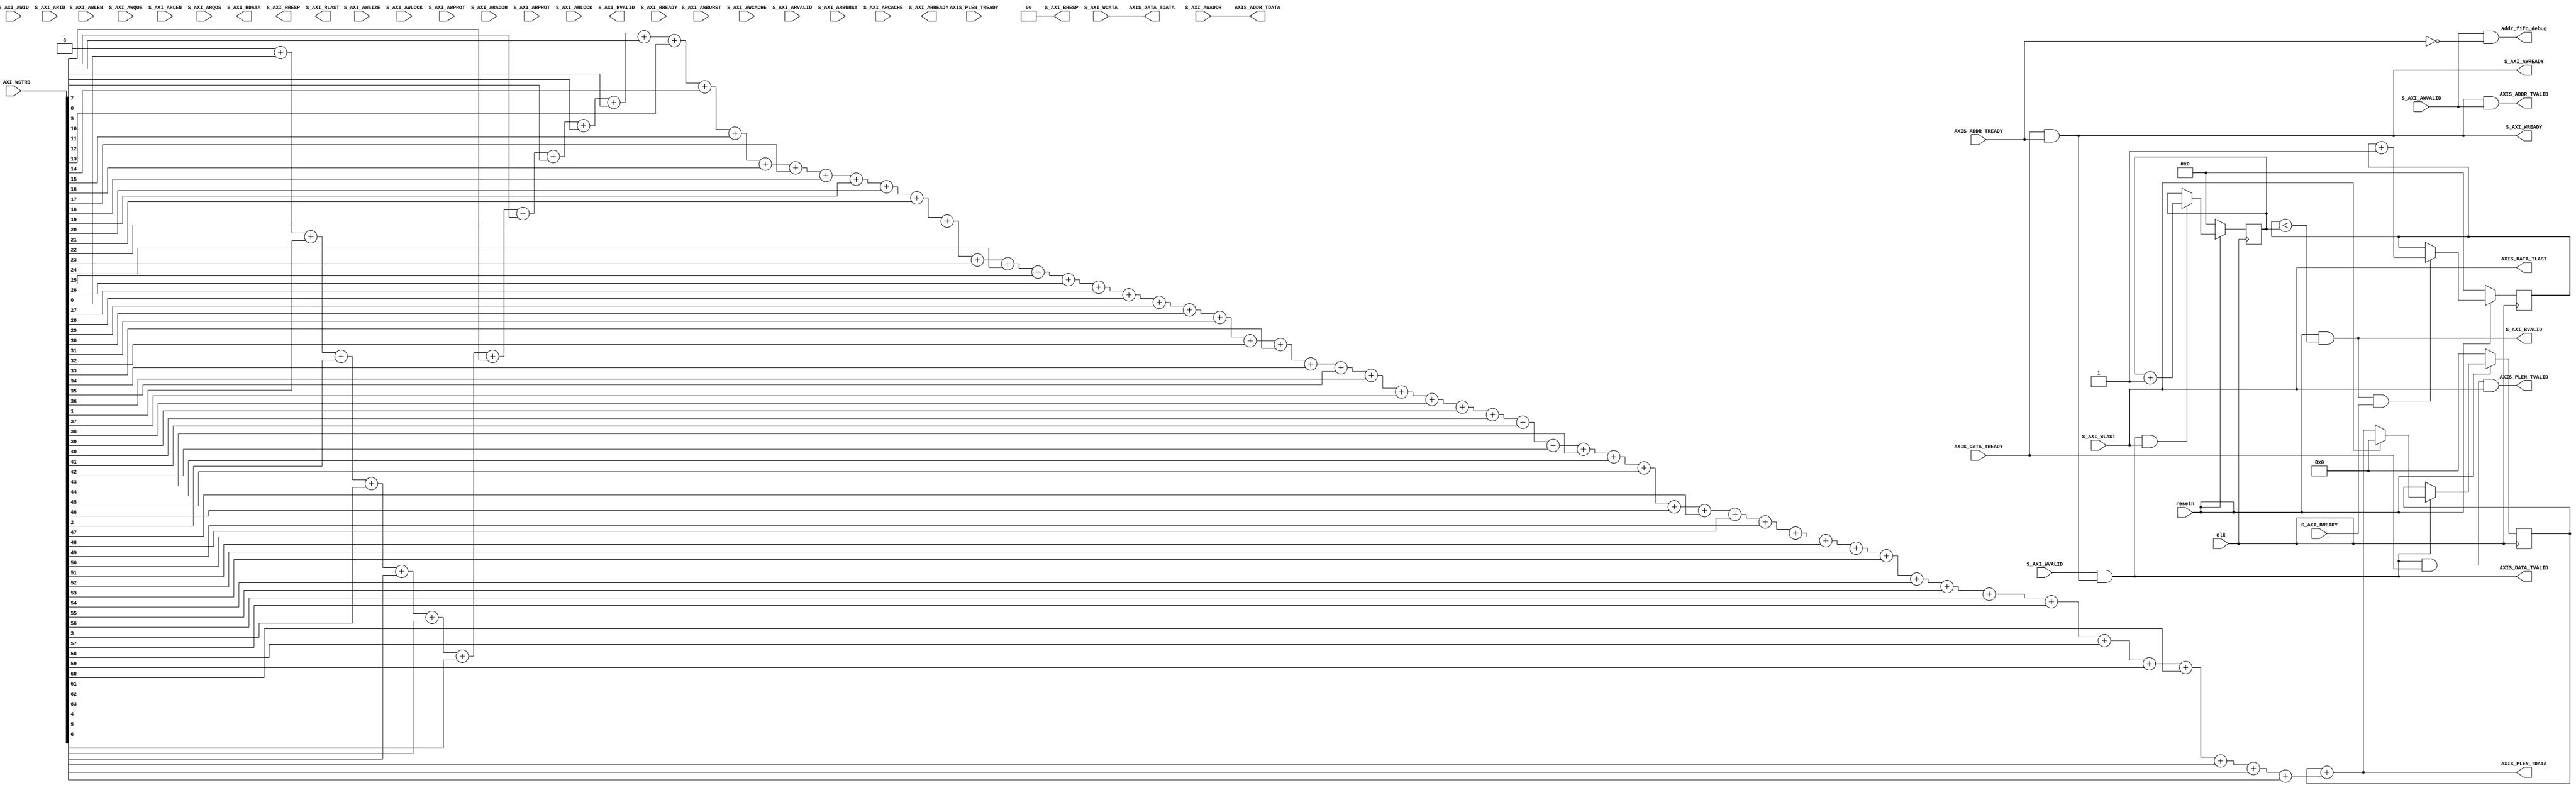
module rdmx_xmit_fe # 
(
    // This width of the incoming and outgoing data bus in bits
    parameter DATA_WBITS = 512,

    // Width of an AXI address in bits
    parameter ADDR_WBITS = 64

) 
(
    input clk, resetn,

    output addr_fifo_debug,
    
    //=================  This is the main AXI4-slave interface  ================
    
    // "Specify write address"              -- Master --    -- Slave --
    input[ADDR_WBITS-1:0]                   S_AXI_AWADDR,
    input                                   S_AXI_AWVALID,
    input[3:0]                              S_AXI_AWID,
    input[7:0]                              S_AXI_AWLEN,
    input[2:0]                              S_AXI_AWSIZE,
    input[1:0]                              S_AXI_AWBURST,
    input                                   S_AXI_AWLOCK,
    input[3:0]                              S_AXI_AWCACHE,
    input[3:0]                              S_AXI_AWQOS,
    input[2:0]                              S_AXI_AWPROT,
    output                                                  S_AXI_AWREADY,

    // "Write Data"                         -- Master --    -- Slave --
    input[DATA_WBITS-1:0]                   S_AXI_WDATA,
    input[DATA_WBITS/8-1:0]                 S_AXI_WSTRB,
    input                                   S_AXI_WVALID,
    input                                   S_AXI_WLAST,
    output                                                  S_AXI_WREADY,

    // "Send Write Response"                -- Master --    -- Slave --
    output[1:0]                                             S_AXI_BRESP,
    output                                                  S_AXI_BVALID,
    input                                   S_AXI_BREADY,

    // "Specify read address"               -- Master --    -- Slave --
    input[ADDR_WBITS-1:0]                   S_AXI_ARADDR,
    input                                   S_AXI_ARVALID,
    input[2:0]                              S_AXI_ARPROT,
    input                                   S_AXI_ARLOCK,
    input[3:0]                              S_AXI_ARID,
    input[7:0]                              S_AXI_ARLEN,
    input[1:0]                              S_AXI_ARBURST,
    input[3:0]                              S_AXI_ARCACHE,
    input[3:0]                              S_AXI_ARQOS,
    output                                                  S_AXI_ARREADY,

    // "Read data back to master"           -- Master --    -- Slave --
    output[DATA_WBITS-1:0]                                  S_AXI_RDATA,
    output                                                  S_AXI_RVALID,
    output[1:0]                                             S_AXI_RRESP,
    output                                                  S_AXI_RLAST,
    input                                   S_AXI_RREADY,
    //==========================================================================


    //==========================================================================
    //                  Packet-length output stream
    //==========================================================================
    output [15:0]           AXIS_PLEN_TDATA,
    output                  AXIS_PLEN_TVALID,
    input                   AXIS_PLEN_TREADY,
    //==========================================================================

    //==========================================================================
    //                  Target address output stream
    //==========================================================================
    output [ADDR_WBITS-1:0] AXIS_ADDR_TDATA,
    output                  AXIS_ADDR_TVALID,
    input                   AXIS_ADDR_TREADY,
    //==========================================================================


    //==========================================================================
    //                    Packet-data output stream
    //==========================================================================
    output [DATA_WBITS-1:0] AXIS_DATA_TDATA,
    output                  AXIS_DATA_TLAST,
    output                  AXIS_DATA_TVALID,
    input                   AXIS_DATA_TREADY
    //==========================================================================
);


//=============================================================================
// This block counts the number of one bits in S_AXI_WSTRB, thereby determining
// the number of data-bytes in the S_AXI_WDATA field. 
//=============================================================================
reg[7:0] data_byte_count;
//-----------------------------------------------------------------------------
integer n;
always @*
begin
    data_byte_count = 0;  
    for (n=0;n<(DATA_WBITS/8);n=n+1) begin   
        data_byte_count = data_byte_count + S_AXI_WSTRB[n];
    end
end
//=============================================================================


//=============================================================================
// This block counts the number of bytes in the packet and stores them in 
// packet_size;
//=============================================================================
reg[15:0] packet_size;
//-----------------------------------------------------------------------------
always @(posedge clk) begin
    if (resetn == 0) begin
        packet_size <= 0;
    end else if (S_AXI_WVALID & S_AXI_WREADY) begin
        if (S_AXI_WLAST == 0)
            packet_size <= packet_size + data_byte_count;
        else 
            packet_size <= 0;
    end
end
//=============================================================================


//=============================================================================
// While debugging, it is occasionally useful to know if the input stream
// is attempting to write to the "address" FIFO before that FIFO is ready
// to receive data.   This is NOT an error because we only allow the 
// transaction to complete when both the address and data FIFOs are ready
// to receive
assign addr_fifo_debug = S_AXI_AWVALID & (AXIS_ADDR_TREADY == 0);
//=============================================================================

// Output stream "target address" is driven directly from the AW-channel
// We only accept data when both the data and address FIFOs are ready to receive
assign AXIS_ADDR_TDATA  = S_AXI_AWADDR;
assign AXIS_ADDR_TVALID = AXIS_DATA_TREADY & AXIS_ADDR_TREADY & S_AXI_AWVALID;
assign S_AXI_AWREADY    = AXIS_DATA_TREADY & AXIS_ADDR_TREADY;

// Output stream "packet data" is driven directly from the W-channel
// We only accept data when both the data and address FIFOs are ready to receive
assign AXIS_DATA_TDATA  = S_AXI_WDATA;
assign AXIS_DATA_TLAST  = S_AXI_WLAST;
assign AXIS_DATA_TVALID = AXIS_DATA_TREADY & AXIS_ADDR_TREADY & S_AXI_WVALID;
assign S_AXI_WREADY     = AXIS_DATA_TREADY & AXIS_ADDR_TREADY;

// Output stream "packet length" gets written to on the last data-cycle
// of the incoming packet
assign AXIS_PLEN_TDATA  = packet_size + data_byte_count;
assign AXIS_PLEN_TVALID = AXIS_DATA_TVALID & AXIS_DATA_TREADY & AXIS_DATA_TLAST;

// The number of AXI write transactions received, and the number of transactions responded to
reg[63:0] transactions_rcvd, transactions_resp;

//=============================================================================
// This state machine counts the number of AXI write transactions received.
//
// Drives:
//    transactions_rcvd
//=============================================================================
always @(posedge clk) begin
    
    // If we're in reset...
    if (resetn == 0)
        transactions_rcvd <= 0;
    
    // Otherwise, if this is the last beat of a burst...
    else if (S_AXI_WVALID & S_AXI_WREADY & S_AXI_WLAST)
        transactions_rcvd <= transactions_rcvd + 1;
end
//=============================================================================



//=============================================================================
// This state machine ensures that we issue an AXI response for each AXI
// transaction that we receive.
//
// Drives:
//    S_AXI_BVALID
//    transactions_resp
//=============================================================================

// Our BRESP response is always "OKAY"
assign S_AXI_BRESP = 0;

// BVALID is asserted while there are transactions we haven't responded to
assign S_AXI_BVALID = (resetn == 1 && transactions_resp < transactions_rcvd);

// Every time we see a valid handshake on the B-channel, it means that
// we have successfully responded to an AXI write transaction
always @(posedge clk) begin
    if (resetn == 0) 
        transactions_resp <= 0;
    else if (S_AXI_BVALID & S_AXI_BREADY)
        transactions_resp <= transactions_resp + 1;
end
//=============================================================================



endmodule